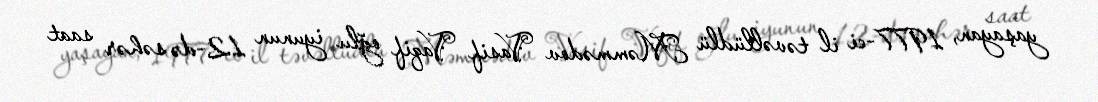
yaşayan, 1977-ci il təvəllüdlü Məmmədov Vasif Vaqif oğlu iyunun 12-də səhər saat